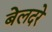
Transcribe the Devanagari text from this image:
बेलदरे